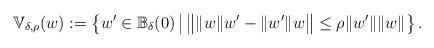
LaTeX: \begin{align*}\mathbb V_{\delta, \rho}(w) := \left \{ w'\in \mathbb{B}_\delta(0)\,\middle | \, \big\| \| w \|w' -\|w'\| w \big\|\leq \rho \|w'\|\| w \| \right\}.\end{align*}